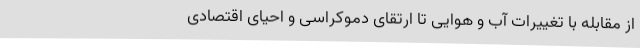
از مقابله با تغییرات آب و هوایی تا ارتقای دموکراسی و احیای اقتصادی